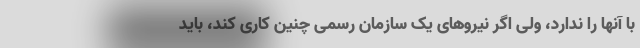
با آنها را ندارد، ولی اگر نیروهای یک سازمان رسمی چنین کاری کند، باید